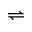
\rightleftharpoons